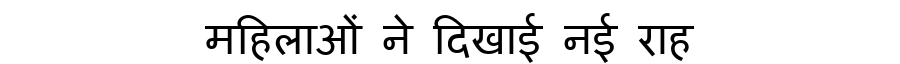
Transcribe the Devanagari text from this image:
महिलाओं ने दिखाई नई राह